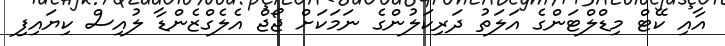
އާއި ކޭޓް މިޑްލްޓަންގެ އަލަތު ދަރިކަލުންގެ ނަމަކަށް ޖޯޖް އެލެގްޒެންޑާ ލުއިސް ކިޔައިފި